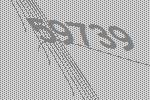
59739